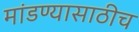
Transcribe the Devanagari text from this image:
मांडण्यासाठीच